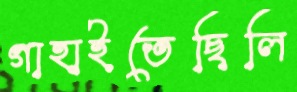
গাহাইতেছিলি